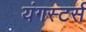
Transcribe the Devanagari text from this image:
यंगस्टर्स